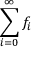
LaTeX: \sum _ { i = 0 } ^ { \infty } f _ { i }